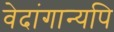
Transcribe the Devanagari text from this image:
वेदांगान्यपि